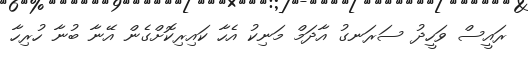
ރައީސް ވަހީދު ސަރަނގު އާދަމް މަނިކު އެހާ ކައިރިކޮށްގެން އޭނާ ބުނާ ހުރިހާ